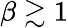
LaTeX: \beta\gtrsim 1